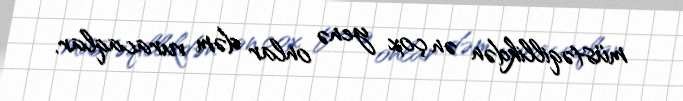
müstəqillikdən ən çox yenə onlar dəm vuracaqlar.